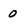
Character: 0